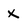
Character: X